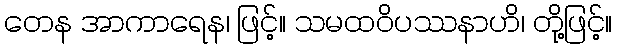
တေန အာကာရေန၊ ဖြင့်။ သမထဝိပဿနာဟိ၊ တို့ဖြင့်။